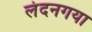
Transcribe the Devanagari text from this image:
लंदनगया